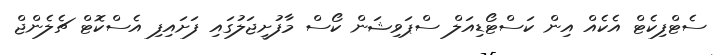
ސެޓްފިކެޓް އެކެއް އިން ކަސްޓޯޑިއަލް ސްޕަވިޝަން ކޯސް މާފުށީޖަލުގައި ފަށައިފި އެސްކޮޓް ޗެލެންޖް